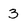
Character: 3